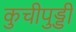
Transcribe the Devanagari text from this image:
कुचीपुड्डी